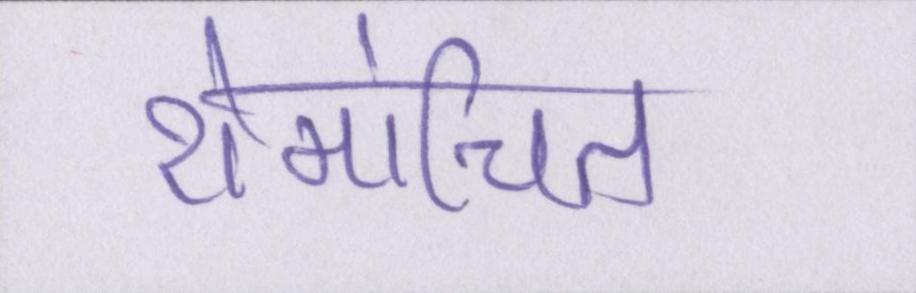
रोमांचित